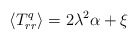
\begin{align*}\langle {T^q_{rr}}\rangle=2\lambda ^2\alpha +\xi \end{align*}